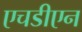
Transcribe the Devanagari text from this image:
एचडीएन